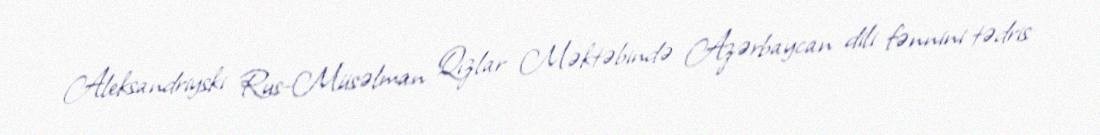
Aleksandriyski Rus-Müsəlman Qızlar Məktəbində Azərbaycan dili fənnini tədris